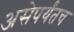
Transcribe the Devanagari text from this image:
असेपर्यंतच